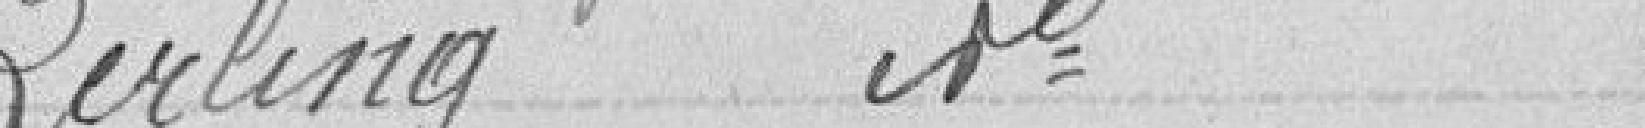
Zerling   idem